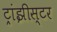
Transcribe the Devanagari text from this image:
ट्रांझीस्टर